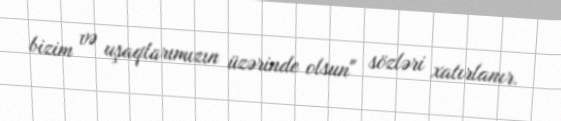
bizim və uşaqlarımızın üzərinde olsun" sözləri xatırlanır.